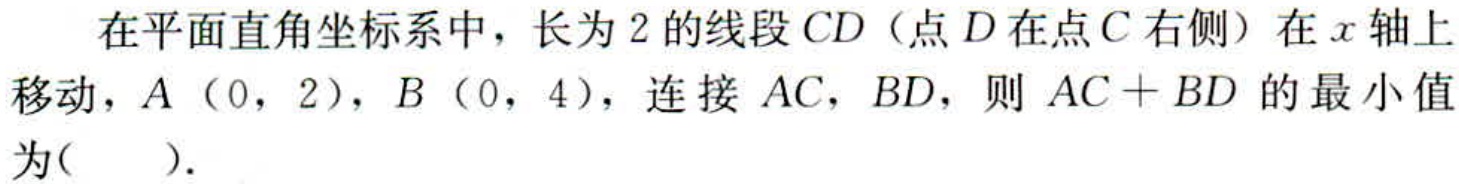
在平面直角坐标系中，长为$2$的线段$CD$（点$D$在点$C$右侧）在$x$轴上移动，$A(0,2)$，$B(0,4)$，连接$AC$，$BD$，则$AC + BD$的最小值为( ).